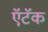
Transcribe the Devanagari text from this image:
ऍटॅक